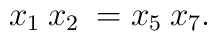
x_1\> x_2\> = x_5\> x_7.